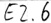
Text: E2.6